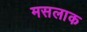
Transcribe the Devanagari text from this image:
मसलाक